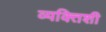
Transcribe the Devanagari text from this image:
व्यक्तिशी